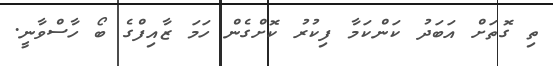
ތި ގޮތަށް އަބަދު ކަންކަމާ ފިކުރު ކޮށްގެން ހަމަ ޒާއިފްގެ ބޯ ހާސްވާނީ.